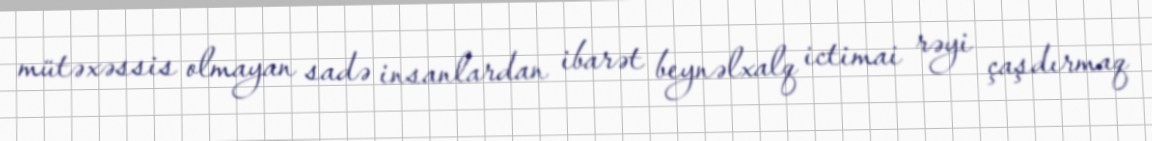
mütəxəssis olmayan sadə insanlardan ibarət beynəlxalq ictimai rəyi çaşdırmaq